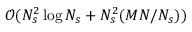
\mathcal { O } ( N _ { s } ^ { 2 } \log N _ { s } + N _ { s } ^ { 2 } ( M N / N _ { s } ) )